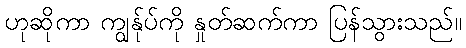
ဟုဆိုကာ ကျွန်ုပ်ကို နှုတ်ဆက်ကာ ပြန်သွားသည်။